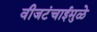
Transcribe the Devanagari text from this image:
वीजटंचाईमुळे